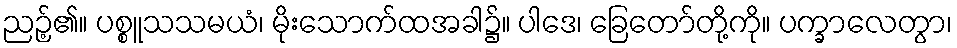
ညဉ့်၏။ ပစ္စူသသမယံ၊ မိုးသောက်ထအခါ၌။ ပါဒေ၊ ခြေတော်တို့ကို။ ပက္ခာလေတွာ၊